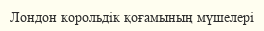
Лондон корольдік қоғамының мүшелері